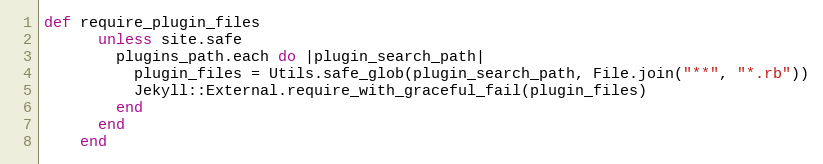
Language: Ruby
def require_plugin_files
      unless site.safe
        plugins_path.each do |plugin_search_path|
          plugin_files = Utils.safe_glob(plugin_search_path, File.join("**", "*.rb"))
          Jekyll::External.require_with_graceful_fail(plugin_files)
        end
      end
    end